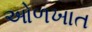
ઓળખાત